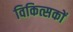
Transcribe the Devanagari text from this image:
विकित्सकों